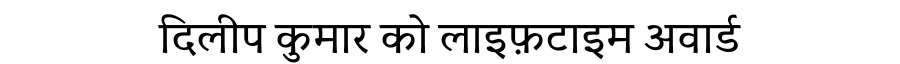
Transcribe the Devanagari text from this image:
दिलीप कुमार को लाइफ़टाइम अवार्ड